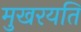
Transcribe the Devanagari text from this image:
मुखरयति